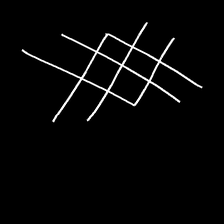
Glyph: crystal